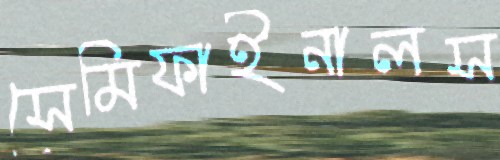
সেমিফাইনালস